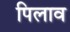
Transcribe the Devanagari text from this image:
पिलाव